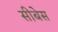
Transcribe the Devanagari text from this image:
सीबेस